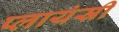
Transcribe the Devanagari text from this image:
प्लायंस्री